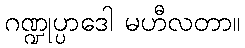
ဂဏ္ဍုပ္ပာဒေါ မဟီလတာ။